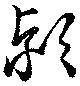
潁